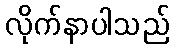
လိုက်နာပါသည်